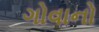
ગોવાનો